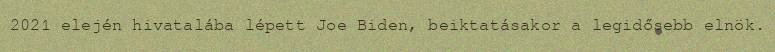
2021 elején hivatalába lépett Joe Biden, beiktatásakor a legidősebb elnök.